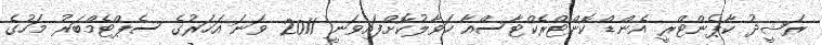
ރަޝީދު ކާޕެންޓްރީ އެންޑް ކޮންޓްރެކްޓާސްއާ ހަވާލުކޮށްފައިވަނީ 2011 ވަނަ އަހަރުގެ ސެޕްޓެމްބަރު މަހުގެ